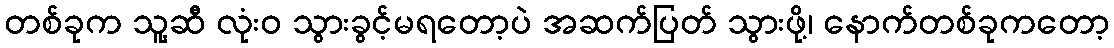
တစ်ခုက သူ့ဆီ လုံးဝ သွားခွင့်မရတော့ပဲ အဆက်ပြတ် သွားဖို့၊ နောက်တစ်ခုကတော့